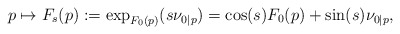
\begin{align*}p\mapsto F_s(p):=\exp_{F_0(p)}(s\nu_{0\vert p})=\cos(s)F_0(p)+\sin(s)\nu_{0\vert p},\end{align*}